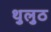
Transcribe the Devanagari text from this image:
थुलुठ